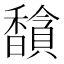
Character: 𬳦